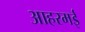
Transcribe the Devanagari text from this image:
आहरमई